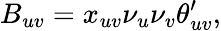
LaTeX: B_{uv}=x_{uv}\nu_{u}\nu_{v}\theta_{uv}^{\prime},